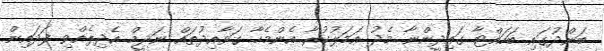
ބަންދުގައި ބަހައްޓާ ގައިދީންނާ މެދު އަމަލުކުރާ އެންމެހާ ގަވާއިދުތައް ނަދީމް އެދިލެއްވި ފަދައިން